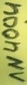
Text: 1N4004